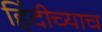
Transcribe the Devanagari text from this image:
हिंदीच्याच